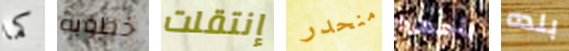
كما خطوبة إنتقلت منحدر بأجهزة بلده